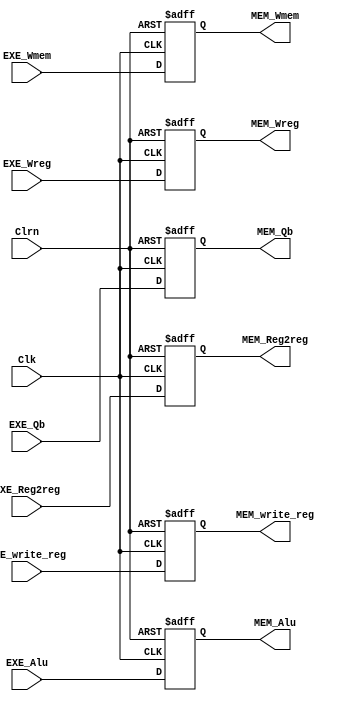
`timescale 1ns / 1ps
//////////////////////////////////////////////////////////////////////////////////
// Company: 
// Engineer: 
// 
// Design Name: 
// Module Name: PipelinedEXE_MEM
// Project Name: 
// Target Devices: 
// Tool Versions: 
// Description: 
// 
// Dependencies: 
// 
// Revision:
// Revision 0.01 - File Created
// Additional Comments:
// 
//////////////////////////////////////////////////////////////////////////////////


module PipelinedEXE_MEM(EXE_Wreg,EXE_Reg2reg,EXE_Wmem,EXE_Alu,EXE_Qb,EXE_write_reg,Clk,Clrn,
                           MEM_Wreg,MEM_Reg2reg,MEM_Wmem,MEM_Alu,MEM_Qb,MEM_write_reg);
    input [31:0]EXE_Alu,EXE_Qb;
    input [4:0] EXE_write_reg;
    input       EXE_Wreg,EXE_Reg2reg,EXE_Wmem;
    input       Clk,Clrn;
    output [31:0]MEM_Alu,MEM_Qb;
    output [4:0]MEM_write_reg;
    output      MEM_Wreg,MEM_Reg2reg,MEM_Wmem;
    reg [31:0]MEM_Alu,MEM_Qb;
    reg [4:0] MEM_write_reg;
    reg       MEM_Wmem,MEM_Reg2reg,MEM_Wreg;
    always @(negedge Clrn or posedge Clk)
        if (Clrn == 0) //0
            begin
            MEM_Wreg <= 0;
            MEM_Reg2reg <= 0;
            MEM_Wmem <= 0;
            MEM_Alu <= 0;
            MEM_Qb <= 0;
            MEM_write_reg <= 0;
            end
        else//0
            begin
            MEM_Wreg <= EXE_Wreg;
            MEM_Reg2reg <= EXE_Reg2reg;
            MEM_Wmem <= EXE_Wmem;
            MEM_Alu <= EXE_Alu;
            MEM_Qb <= EXE_Qb;
            MEM_write_reg <= EXE_write_reg;
            end
endmodule